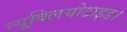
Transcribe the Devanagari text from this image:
न्यूक्लियोटाइड।